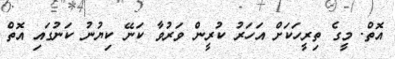
އޮތް. މީގެ ތިރީހަކަށް އަހަރު ކުރީން ވަރުވާ ކަނޭ ކިޔުނު ކަނުގައި އޮތް